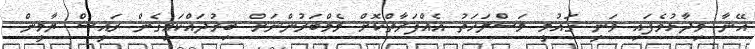
އޭނާ ވިދާޅުވެފައި ވަނީ ގައުމީ މަސްލަހަތު އެއްފަރާތްކޮށް މެމްބަރުންނަށް ބިރުދައްކައިގެން ރައީސް ޔާމީން